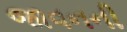
જાવનની